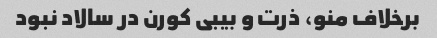
برخلاف منو، ذرت و بیبی کورن در سالاد نبود